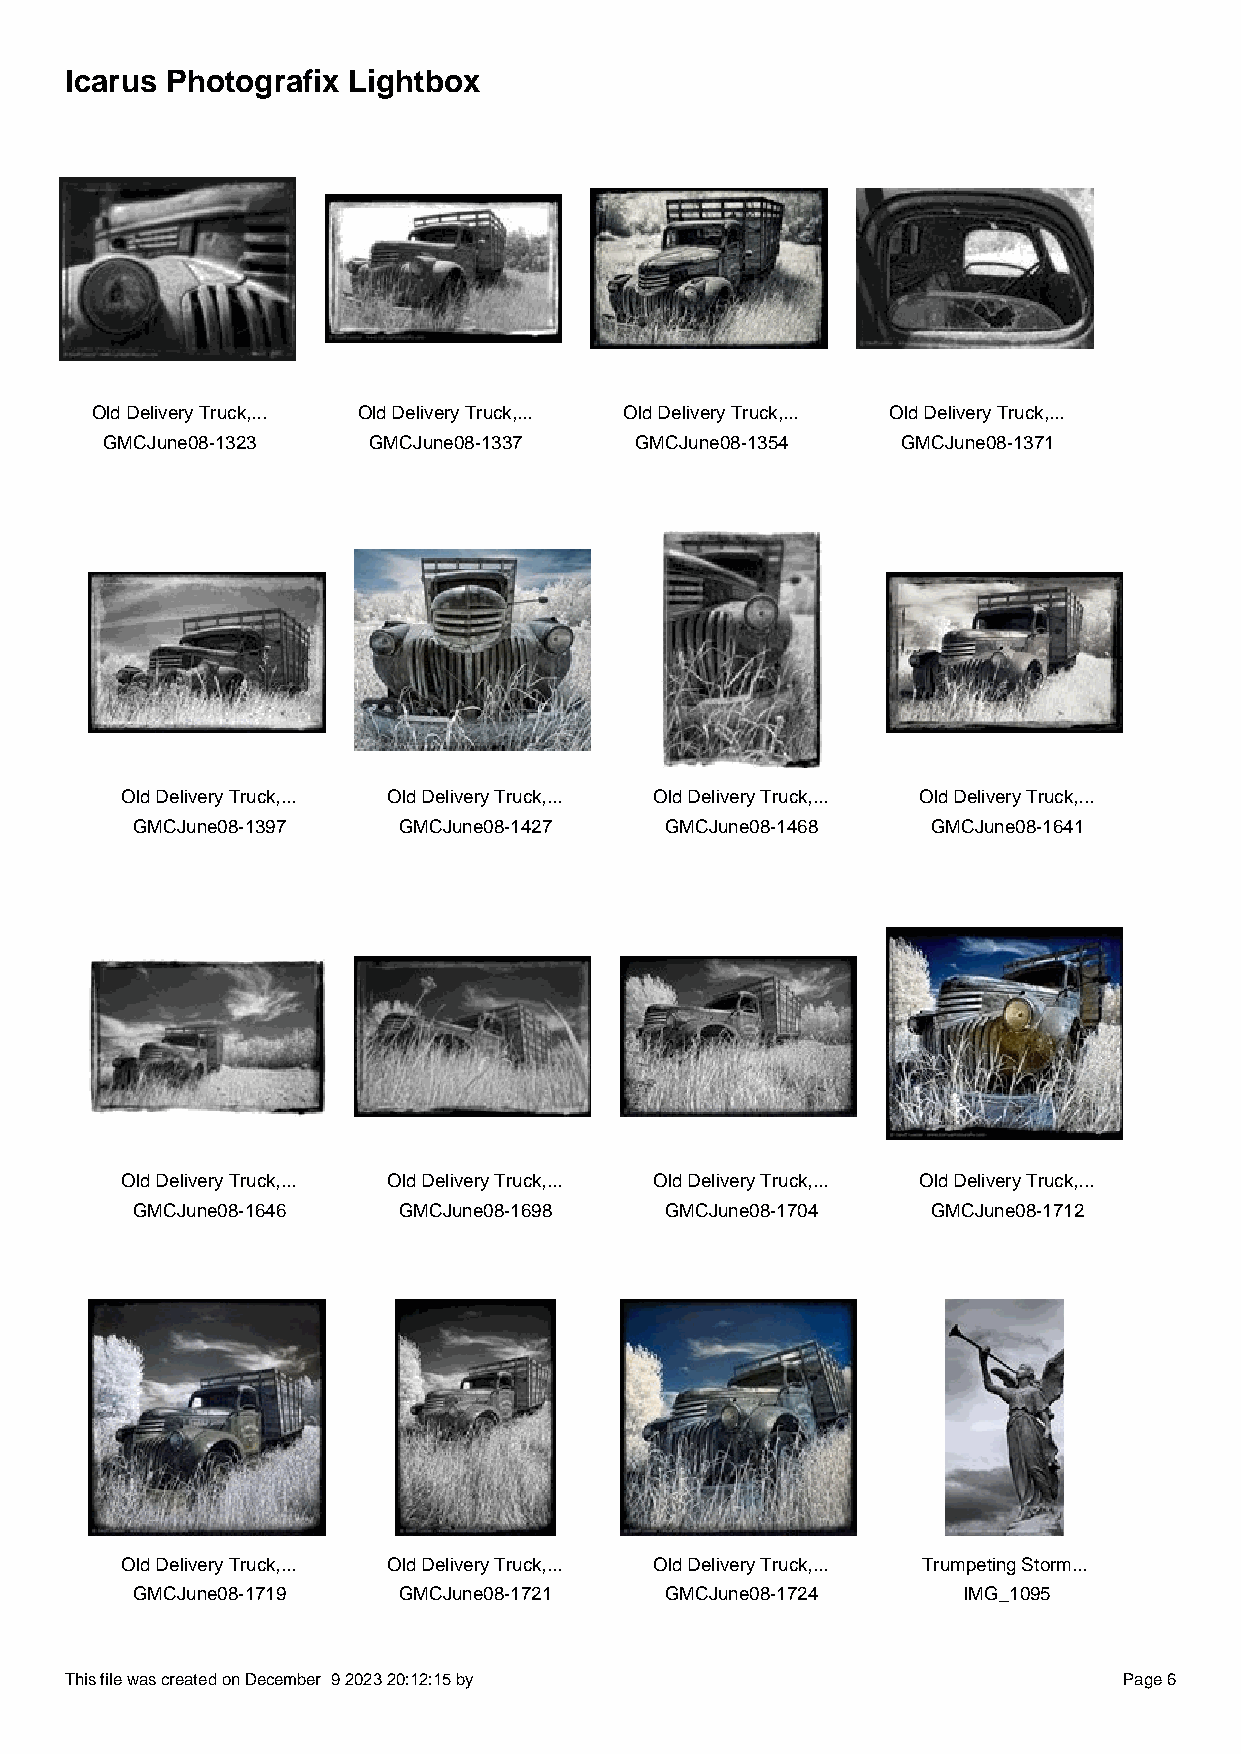
Icarus Photografix Lightbox
 Old Delivery Truck,... Old Delivery Truck,... Old Delivery Truck,... Old Delivery Truck,...
 GMCJune08-1323   GMCJune08-1337    GMCJune08-1354    GMCJune08-1371
 Old Delivery Truck,... Old Delivery Truck,... Old Delivery Truck,... Old Delivery Truck,...
 GMCJune08-1397   GMCJune08-1427    GMCJune08-1468    GMCJune08-1641
 Old Delivery Truck,... Old Delivery Truck,... Old Delivery Truck,... Old Delivery Truck,...
 GMCJune08-1646   GMCJune08-1698    GMCJune08-1704    GMCJune08-1712
 Old Delivery Truck,... Old Delivery Truck,... Old Delivery Truck,... Trumpeting Storm...
 GMCJune08-1719   GMCJune08-1721    GMCJune08-1724      IMG_1095
 This file was created on December 9 2023 20:12:15 by                  Page 6